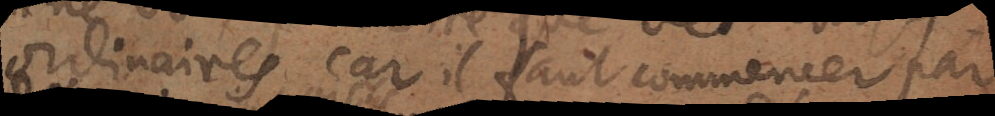
ordinaires, car il faut commencer par